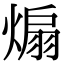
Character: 煽